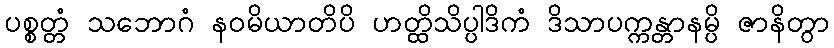
ပစ္စတ္တံ သဘောဂံ နဝမိယာတိပိ ဟတ္ထိသိပ္ပါဒိကံ ဒိသာပက္ကန္တာနမ္ပိ ဇာနိတွာ